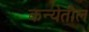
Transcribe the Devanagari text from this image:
कन्येतील